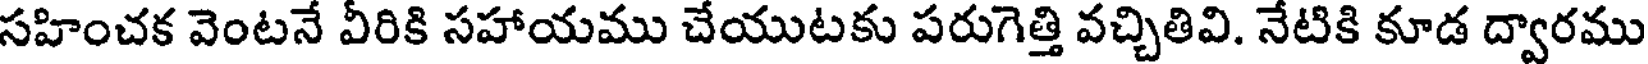
సహించక వెంటనే వీరికి సహాయము చేయుటకు పరుగెత్తి వచ్చితివి. నేటికి కూడ ద్వారము